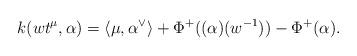
LaTeX: \begin{align*}k(wt^\mu,\alpha) = \langle \mu,\alpha^\vee\rangle + \Phi^+((\alpha)(w^{-1}))-\Phi^+(\alpha).\end{align*}